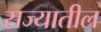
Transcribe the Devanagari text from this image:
सज्यातील